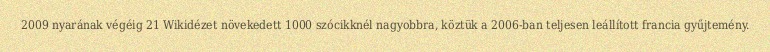
2009 nyarának végéig 21 Wikidézet növekedett 1000 szócikknél nagyobbra, köztük a 2006-ban teljesen leállított francia gyűjtemény.